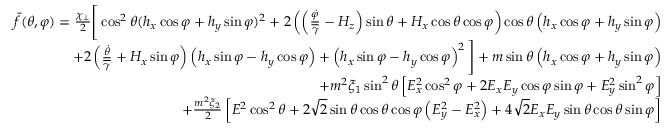
\begin{array} { r } { \bar { f } ( \theta , \varphi ) = \frac { \chi _ { \perp } } { 2 } \Bigg [ \cos ^ { 2 } \theta ( h _ { x } \cos \varphi + h _ { y } \sin \varphi ) ^ { 2 } + 2 \left( \left( \frac { \dot { \varphi } } { \overline { \gamma } } - H _ { z } \right) \sin \theta + H _ { x } \cos \theta \cos \varphi \right) \cos \theta \left( h _ { x } \cos \varphi + h _ { y } \sin \varphi \right) } \\ { + 2 \left( \frac { \dot { \theta } } { \overline { \gamma } } + H _ { x } \sin \varphi \right) \left( h _ { x } \sin \varphi - h _ { y } \cos \varphi \right) + \left( h _ { x } \sin \varphi - h _ { y } \cos \varphi \right) ^ { 2 } \Bigg ] + m \sin \theta \left( h _ { x } \cos \varphi + h _ { y } \sin \varphi \right) } \\ { + m ^ { 2 } \xi _ { 1 } \sin ^ { 2 } \theta \left[ E _ { x } ^ { 2 } \cos ^ { 2 } \varphi + 2 E _ { x } E _ { y } \cos \varphi \sin \varphi + E _ { y } ^ { 2 } \sin ^ { 2 } \varphi \right] } \\ { + \frac { m ^ { 2 } \xi _ { 2 } } { 2 } \left[ E ^ { 2 } \cos ^ { 2 } \theta + 2 \sqrt { 2 } \sin \theta \cos \theta \cos \varphi \left( E _ { y } ^ { 2 } - E _ { x } ^ { 2 } \right) + 4 \sqrt { 2 } E _ { x } E _ { y } \sin \theta \cos \theta \sin \varphi \right] } \end{array}